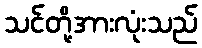
သင်တို့အားလုံးသည်